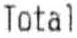
TOTAL